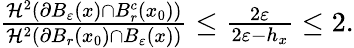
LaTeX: \begin{array}{r}{\frac{\mathcal{H}^{2}(\partial B_{\varepsilon}(x)\cap B_{r}^{c}(x_{0}))}{\mathcal{H}^{2}(\partial B_{r}(x_{0})\cap B_{\varepsilon}(x))}\leq\frac{2\varepsilon}{2\varepsilon-h_{x}}\leq 2.}\end{array}